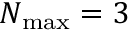
N _ { \mathrm { m a x } } = 3